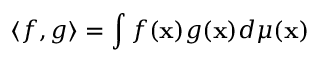
\langle f , g \rangle = \int f ( { \bf x } ) g ( { \bf x } ) d \mu ( { \bf x } )